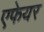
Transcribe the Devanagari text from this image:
एफेयर